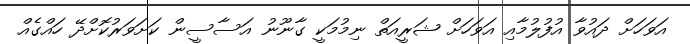
އަވަހަށް ދައުވާ އުފުލުމާއި އަވަހަށް ޝަރީއަތް ނިމުމަކީ ގާނޫނު އަސާސީން ކަށަވަރުކޮށްދޭ ހައްގެއް